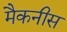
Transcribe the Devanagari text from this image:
मैकनीस